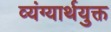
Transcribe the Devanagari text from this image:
व्यंग्यार्थयुक्त